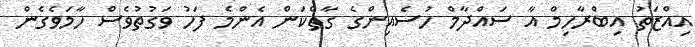
އިއްޒަތު އިބްރާހިމް އާ ސައްދާމް ހުސެއިންގެ ގާތްކަން އެންމެ ފަހު ވަގުތުވެސް ހާމަވެގެން